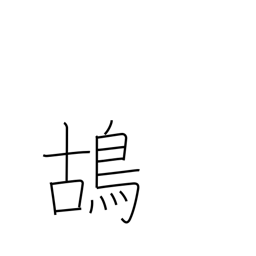
Meaning: partridge